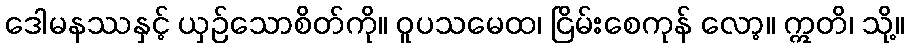
ဒေါမနဿနှင့် ယှဉ်သောစိတ်ကို။ ဝူပသမေထ၊ ငြိမ်းစေကုန် လော့။ ဣတိ၊ သို့။